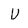
Character: V